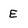
Character: E